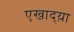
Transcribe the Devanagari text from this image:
एखाद्य़ा